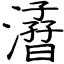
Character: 㵫